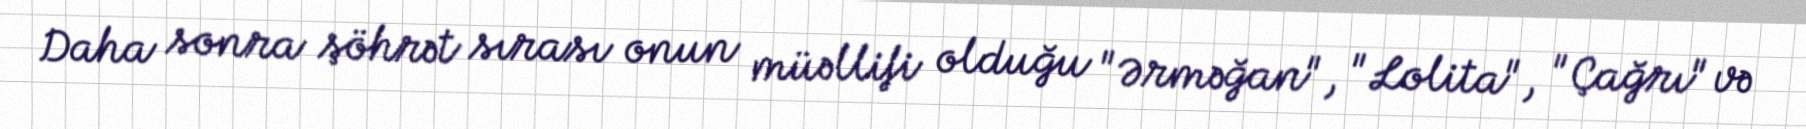
Daha sonra şöhrət sırası onun müəllifi olduğu "Ərməğan", "Lolita", "Çağrı" və